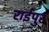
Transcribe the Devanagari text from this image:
राईपुर